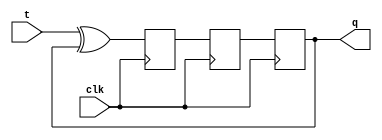
module t_ff(clk, t, q);
  input clk, t;
  output reg q;

  reg d1, d2;

  always @(posedge clk) begin
    d1 <= t ^ q;
  end

  always @(negedge clk) begin
    d2 <= d1;
    q <= d2;
  end

endmodule